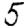
Digit: 5